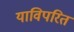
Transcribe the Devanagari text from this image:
याविपरित